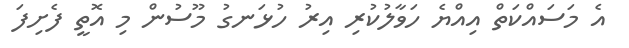
އެ މަސައްކަތް އިއްޔެ ހަވާލުކުރި އިރު ހުޅަނގު މޫސުން މި އޮތީ ފެށިފަ